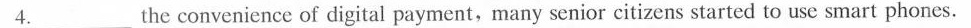
4.___the convenience of digital payment,many senior citizens started to use smart phones.